Annual report of the Punjab Veterinary College and of the Civil Veterinary Department, Punjab - 1909-1919
Year: 1909
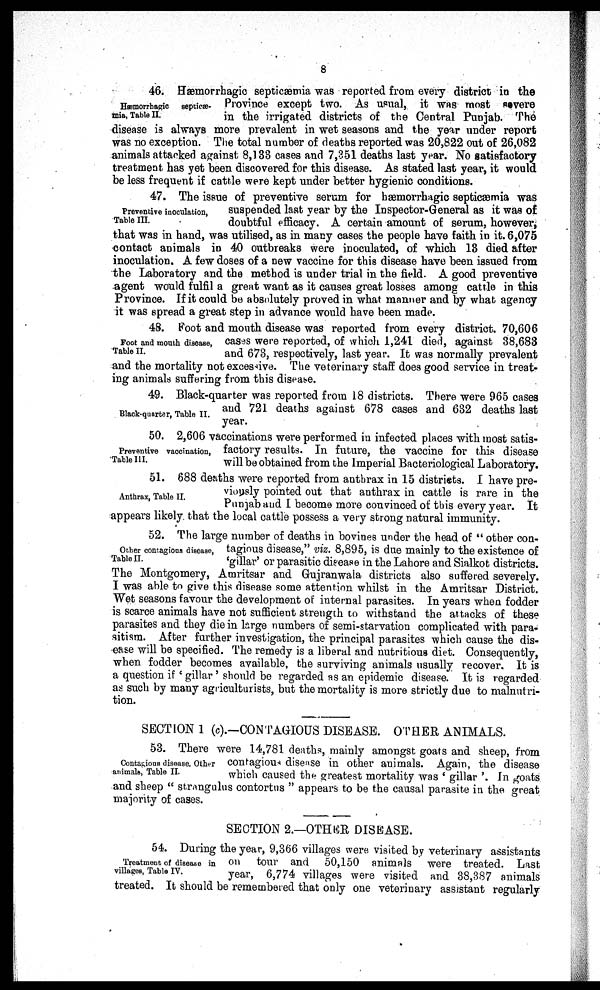
8
Hæmorrhagic septicæ-
mia, Table II.
46. Hæmorrhagic septicæmia was reported from every district in the
Province except two. As usual, it was most severe
in the irrigated districts of the Central Punjab. The
disease is always more prevalent in wet seasons and the year under report
was no exception. The total number of deaths reported was 20,822 out of 26,082
animals attacked against 8,133 cases and 7,351 deaths last year. No satisfactory
treatment has yet been discovered for this disease. As stated last year, it would
be less frequent if cattle were kept under better hygienic conditions.
Preventive inoculation,
Table III.
47. The issue of preventive serum for hæmorrhagic septicæmia was
suspended last year by the Inspector-General as it was of
doubtful efficacy. A certain amount of serum, however,
that was in hand, was utilised, as in many cases the people have faith in it. 6,075
contact animals in 40 outbreaks were inoculated, of which 13 died after
inoculation. A few doses of a new vaccine for this disease have been issued from
the Laboratory and the method is under trial in the field. A good preventive
agent would fulfil a great want as it causes great losses among cattle in this
Province. If it could be absolutely proved in what manner and by what agency
it was spread a great step in advance would have been made.
Foot and mouth disease,
Table II.
48. Foot and mouth disease was reported from every district. 70,606
cases were reported, of which 1,241 died, against 38,683
and 673, respectively, last year. It was normally prevalent
and the mortality not excessive. The veterinary staff does good service in treat-
ing animals suffering from this disease.
Black-quarter, Table II.
49. Black-quarter was reported from 18 districts. There were 965 cases
and 721 deaths against 678 cases and 632 deaths last
year.
Preventive vaccination,
Table III.
50. 2,606 vaccinations were performed in infected places with most satis-
factory results. In future, the vaccine for this disease
will be obtained from the Imperial Bacteriological Laboratory.
Anthrax, Table II.
51. 688 deaths were reported from anthrax in 15 districts. I have pre-
viously pointed out that anthrax in cattle is rare in the
Punjab and I become more convinced of this every year. It
appears likely that the local cattle possess a very strong natural immunity.
Other contagions disease,
Table II.
52. The large number of deaths in bovines under the head of "other con-
tagious disease," viz. 8,895, is due mainly to the existence of
'gillar' or parasitic disease in the Lahore and Sialkot districts.
The Montgomery, Amritsar and Gujranwala districts also suffered severely.
I was able to give this disease some attention whilst in the Amritsar District.
Wet seasons favour the development of internal parasites. In years when fodder
is scarce animals have not sufficient strength to withstand the attacks of these
parasites and they die in large numbers of semi-starvation complicated with para-
sitism. After further investigation, the principal parasites which cause the dis-
ease will be specified. The remedy is a liberal and nutritious diet. Consequently,
when fodder becomes available, the surviving animals usually recover. It is
a question if 'gillar' should be regarded as an epidemic disease. It is regarded
as such by many agriculturists, but the mortality is more strictly due to malnutri-
tion.
SECTION 1 (c).—CONTAGIOUS DISEASE. OTHER ANIMALS.
Contagious disease. Other
animals, Table II.
53. There were 14,781 deaths, mainly amongst goats and sheep, from
contagious disease in other animals. Again, the disease
which caused the greatest mortality was 'gillar'. In goats
and sheep "strangalus contortus" appears to be the causal parasite in the great
majority of cases.
SECTION 2.—OTHER DISEASE.
Treatment of disease in
villages, Table IV.
54. During the year, 9,366 villages were visited by veterinary assistants
on tour and 50,150 animals were treated. Last
year, 6,774 villages were visited and 38,387 animals
treated. It should be remembered that only one veterinary assistant regularly